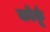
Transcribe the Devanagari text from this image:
कोर्कू